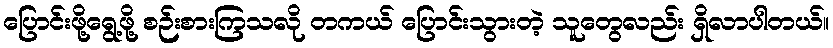
ပြောင်းဖို့ရွေ့ဖို့ စဉ်းစားကြသလို တကယ် ပြောင်းသွားတဲ့ သူတွေလည်း ရှိလာပါတယ်။